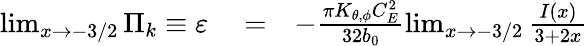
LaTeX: \begin{array}{rlr}{\operatorname*{lim}_{x\to-3/2}\Pi_{k}\equiv\varepsilon}&{{}=}&{-\frac{\pi K_{\theta,\phi}C_{E}^{2}}{32b_{0}}\operatorname*{lim}_{x\to-3/2}\frac{I(x)}{3+2x}}\end{array}